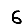
Digit: 6